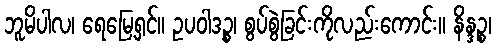
ဘူမိပါလ၊ ရေမြေ့ရှင်။ ဥပဝါဒဉ္စ၊ စွပ်စွဲခြင်းကိုလည်းကောင်း။ နိန္ဒဉ္စ၊